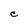
Character: C